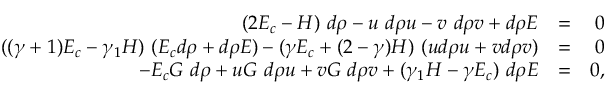
\begin{array} { r l r } { ( 2 E _ { c } - H ) ~ d \rho - u ~ d \rho u - v ~ d \rho v + d \rho E } & { = } & { 0 } \\ { ( ( \gamma + 1 ) E _ { c } - \gamma _ { 1 } H ) ~ ( E _ { c } d \rho + d \rho E ) - ( \gamma E _ { c } + ( 2 - \gamma ) H ) ~ ( u d \rho u + v d \rho v ) } & { = } & { 0 } \\ { - E _ { c } G ~ d \rho + u G ~ d \rho u + v G ~ d \rho v + ( \gamma _ { 1 } H - \gamma E _ { c } ) ~ d \rho E } & { = } & { 0 , } \end{array}